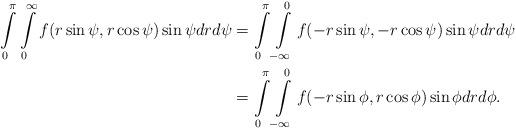
LaTeX: \begin{align*}\int\limits_0^\pi \int\limits_0^\infty f(r\sin \psi, r\cos \psi)\sin\psi dr d\psi&=\int\limits_0^\pi \int\limits_{-\infty}^0 f(-r\sin \psi, -r\cos \psi)\sin\psi dr d\psi\\&=\int\limits_0^\pi \int\limits_{-\infty}^0 f(-r\sin \phi, r\cos \phi)\sin\phi dr d\phi.\end{align*}